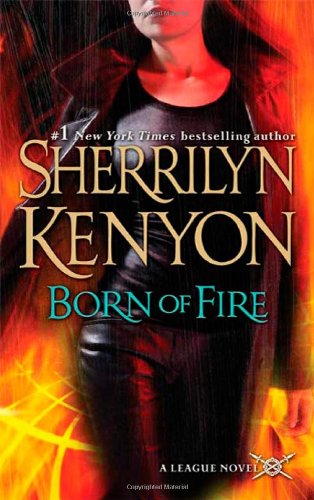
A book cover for Born of Fire (The League, Book 2); Sherrilyn Kenyon; Romance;